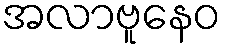
အလာဗူနေဝ